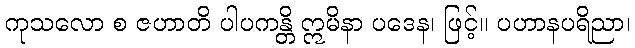
ကုသလော စ ဇဟာတိ ပါပကန္တိ ဣမိနာ ပဒေန၊ ဖြင့်။ ပဟာနပရိညာ၊